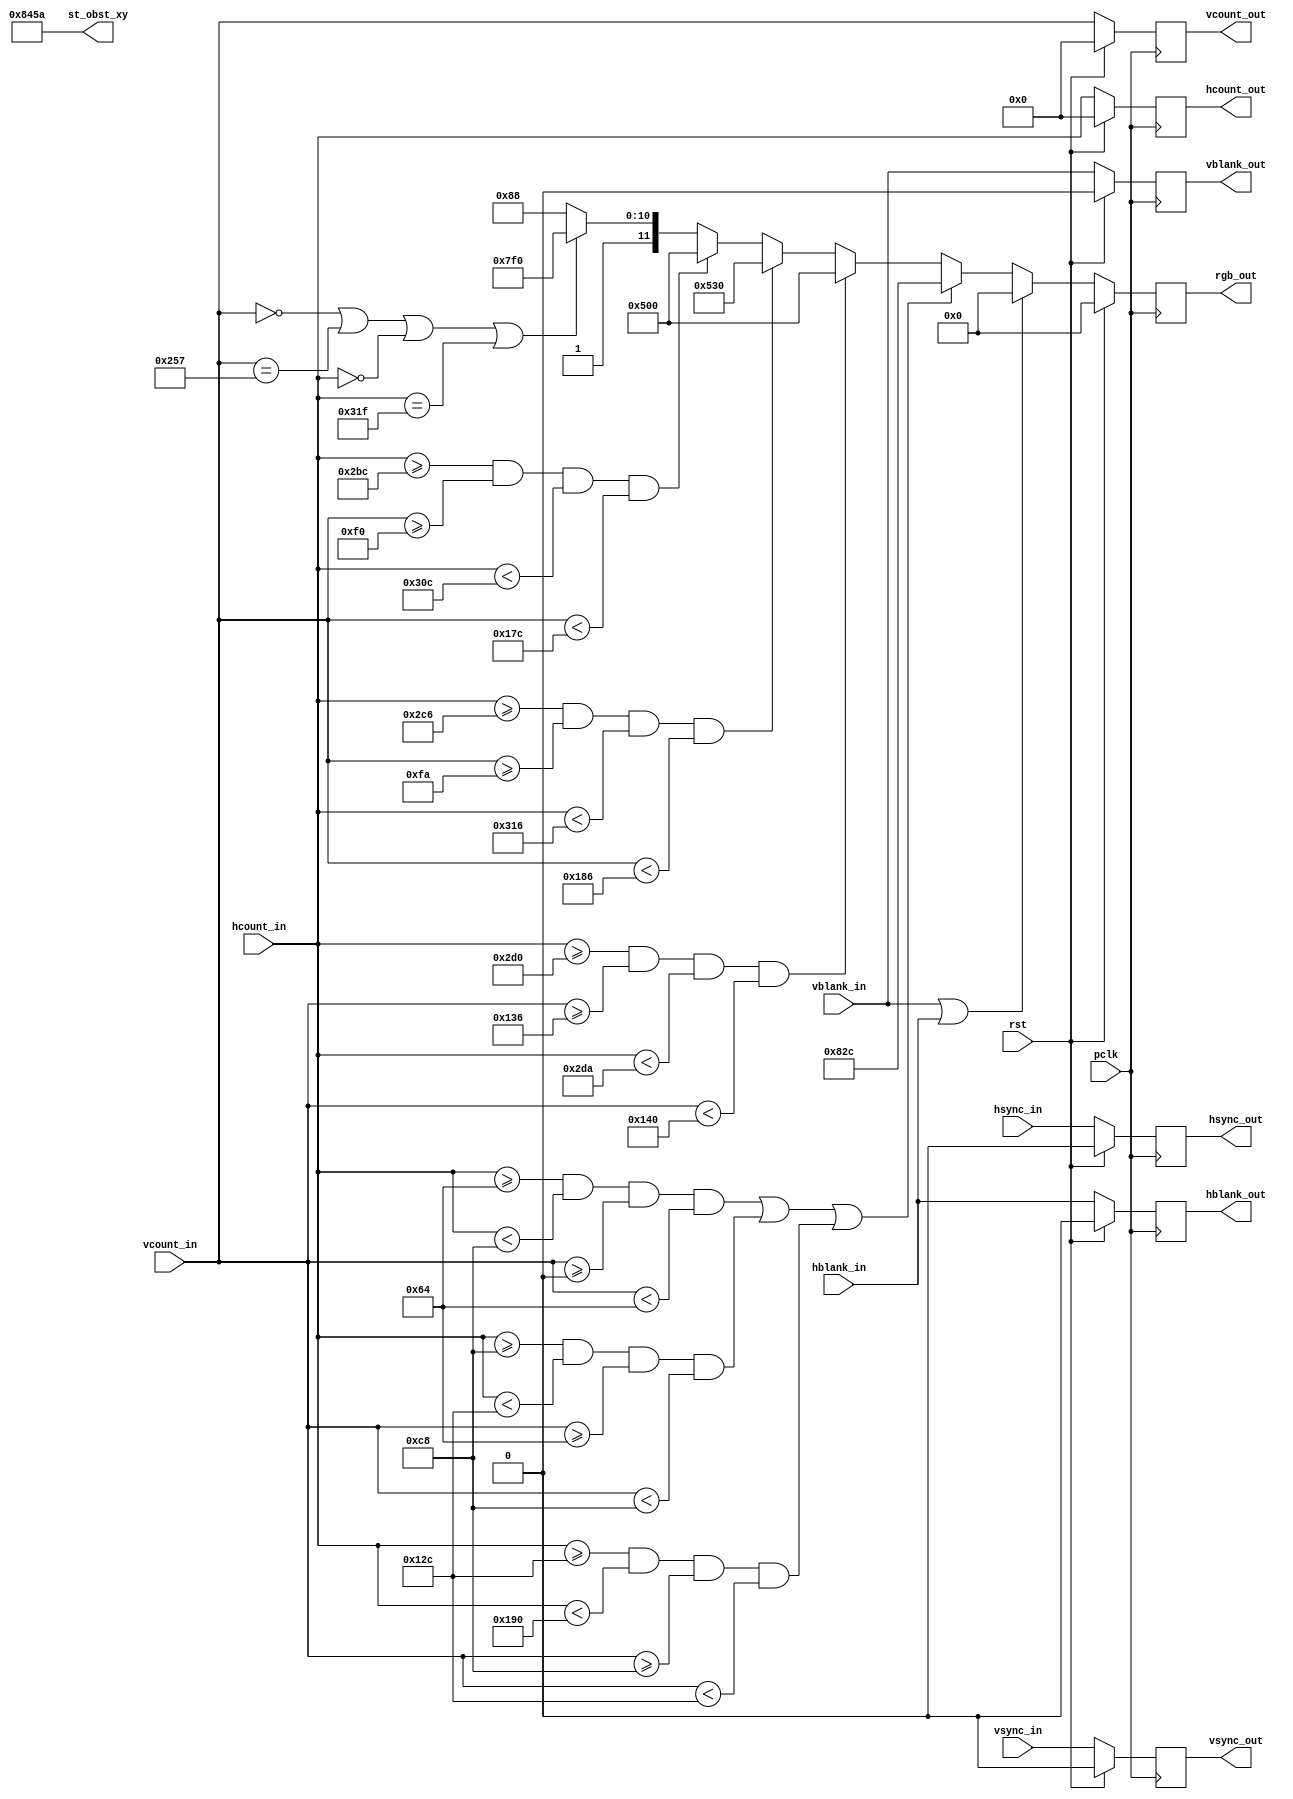
`timescale 1ns / 1ps
//////////////////////////////////////////////////////////////////////////////////
// Company: 
// Engineer: 
// 
// Design Name: 
// Module Name: draw_background
// Project Name: 
// Target Devices: 
// Tool Versions: 
// Description: 
// 
// Dependencies: 
// 
// Revision:
// Revision 0.01 - File Created
// Additional Comments:
// 
//////////////////////////////////////////////////////////////////////////////////


module draw_background(
	input wire [10:0]  hcount_in,
	input wire hsync_in,
	input wire hblank_in,
	input wire [10:0] vcount_in,
	input wire vsync_in,
	input wire vblank_in,
	input wire pclk,
	input wire rst,        
	
	output reg [10:0]  hcount_out,
    output reg hsync_out,
    output reg hblank_out,
    output reg [10:0] vcount_out,
    output reg vsync_out,
    output reg vblank_out,
    output reg [11:0] rgb_out,
    output reg [17:0] st_obst_xy       //contains left-corner coordinates of static obstables scaled by 100 (e.g. x=700 -> 7)
);

    //*** violet colour (RGB)
  localparam VIOLET_RGB = {4'h8, 4'h2, 4'hC};   
  
  localparam BROWN_RGB = 12'h530; 

    //*** pink colour (RGB)
 // localparam PINK_RGB = {4'hB, 4'h5, 4'h9}; 
  
  localparam OBSTACLE_SIDE = 100;

 //static obstacles (left-corner) xy coordinates 
 //the coordinates are scaled and are thought to be multiplied by 100 
localparam STAT_OBST_1_X = 3'd1;
localparam STAT_OBST_1_Y = 3'd0;
localparam STAT_OBST_2_X = 3'd2;
localparam STAT_OBST_2_Y = 3'd1;
localparam STAT_OBST_3_X = 3'd3;
localparam STAT_OBST_3_Y = 3'd2;
 
reg [11:0] rgb_out_nxt;

//sequential part
always @(posedge pclk) 
  if (rst) begin
    hcount_out <= 0;
    hsync_out <= 0;
    hblank_out <= 0;
    vcount_out <= 0;
    vsync_out <= 0;
    vblank_out <= 0;
    rgb_out <= 0;  
end
else begin
    hcount_out <= hcount_in;
    hsync_out <= hsync_in;
    hblank_out <= hblank_in;
    vcount_out <= vcount_in;
    vsync_out <= vsync_in;
    vblank_out <= vblank_in;
    rgb_out <= rgb_out_nxt;
end

//combinational part
always @*
  begin
  
    st_obst_xy = {STAT_OBST_1_X,STAT_OBST_1_Y,STAT_OBST_2_X,STAT_OBST_2_Y,STAT_OBST_3_X,STAT_OBST_3_Y};
  
    // During blanking, make it it black.
    if (vblank_in || hblank_in) rgb_out_nxt = 12'h0_0_0; 
    else
    begin
      // Active display, static obstacles
      if (         
        // 1st obst. (100;0)
        ( hcount_in >= 100*STAT_OBST_1_X && hcount_in < (100*STAT_OBST_1_X + OBSTACLE_SIDE) && vcount_in >= 100*STAT_OBST_1_Y && vcount_in < (100*STAT_OBST_1_Y + OBSTACLE_SIDE) )
        // 2nd obst. (200;100)                                                                                                     
        || (hcount_in >= 100*STAT_OBST_2_X && hcount_in < (100*STAT_OBST_2_X + OBSTACLE_SIDE) && vcount_in >= 100*STAT_OBST_2_Y && vcount_in < (100*STAT_OBST_2_Y + OBSTACLE_SIDE) )
        // 3rd obst. (100;700)                                                                                                    
        || (hcount_in >= 100*STAT_OBST_3_X && hcount_in < (100*STAT_OBST_3_X + OBSTACLE_SIDE) && vcount_in >= 100*STAT_OBST_3_Y && vcount_in < (100*STAT_OBST_3_Y + OBSTACLE_SIDE) ) )
                rgb_out_nxt = VIOLET_RGB;
                
        // destination = "door"
       
       
      else if ( (hcount_in >= 720 && vcount_in >= 310 &&
        hcount_in < 730 && vcount_in < 320)  )
            rgb_out_nxt = 12'h500;     
      else if ( (hcount_in >= 710 && vcount_in >= 250 &&
            hcount_in < 790 && vcount_in < 390)  )
                rgb_out_nxt = BROWN_RGB;
      else if ( (hcount_in >= 700 && vcount_in >= 240 &&
            hcount_in < 780 && vcount_in < 380)  )
                rgb_out_nxt = 12'h500;
      //else if ( (hcount_in >= 700 && vcount_in >= 200 &&
            //hcount_in < 800 && vcount_in < 400)  )
                //rgb_out_nxt = BROWN_RGB;          

        // Active display, edges, make yellow lines.
      else if ((vcount_in == 0) || (vcount_in == 599) || (hcount_in == 0) || (hcount_in == 799))
                rgb_out_nxt = 12'hf_f_0;
                                      
      // Active display, interior, fill with gray.
      // You will replace this with your own test.
      else rgb_out_nxt = 12'h8_8_8;    
    end
  end

endmodule